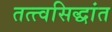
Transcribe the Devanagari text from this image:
तत्त्वसिद्धांत